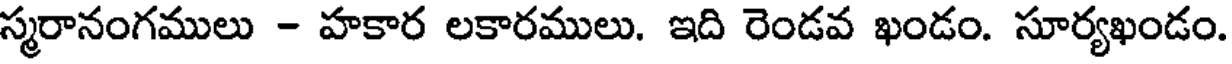
స్మరానంగములు - హకార లకారములు. ఇది రెండవ ఖండం. సూర్యఖండం.